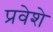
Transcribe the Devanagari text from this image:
प्रवेशे